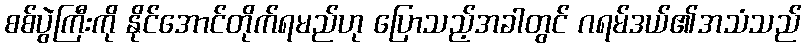
စစ်ပွဲကြီးကို နိုင်အောင်တိုက်ရမည်ဟု ပြောသည့်အခါတွင် ဂရမ်ဒယ်၏အသံသည်